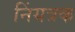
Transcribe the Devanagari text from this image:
निंयत्रक